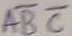
Text: ABC